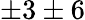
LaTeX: \pm 3\pm 6